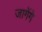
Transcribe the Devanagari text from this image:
जागेंगे